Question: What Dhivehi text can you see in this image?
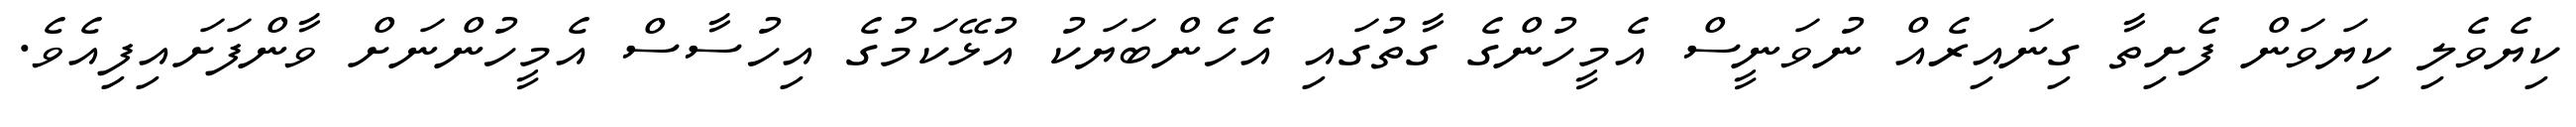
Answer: ކިޔެވެލި ކިޔަވަން ފެށިތާ ގިނައިރެއް ނުވަނީސް އެމީހުންގެ ގާތުގައި އެހެންބަޔަކު އުޅޭކަމުގެ އިހުސާސް އެމީހުންނަށް ވާންފަށައިފިއެވެ.